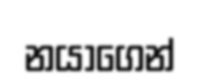
නයාගෙන්